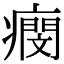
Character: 𤺖